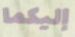
إليكما